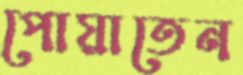
পোয়াতেন